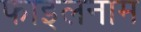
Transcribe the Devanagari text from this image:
फाइलनाम